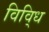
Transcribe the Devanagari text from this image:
विवि्ध